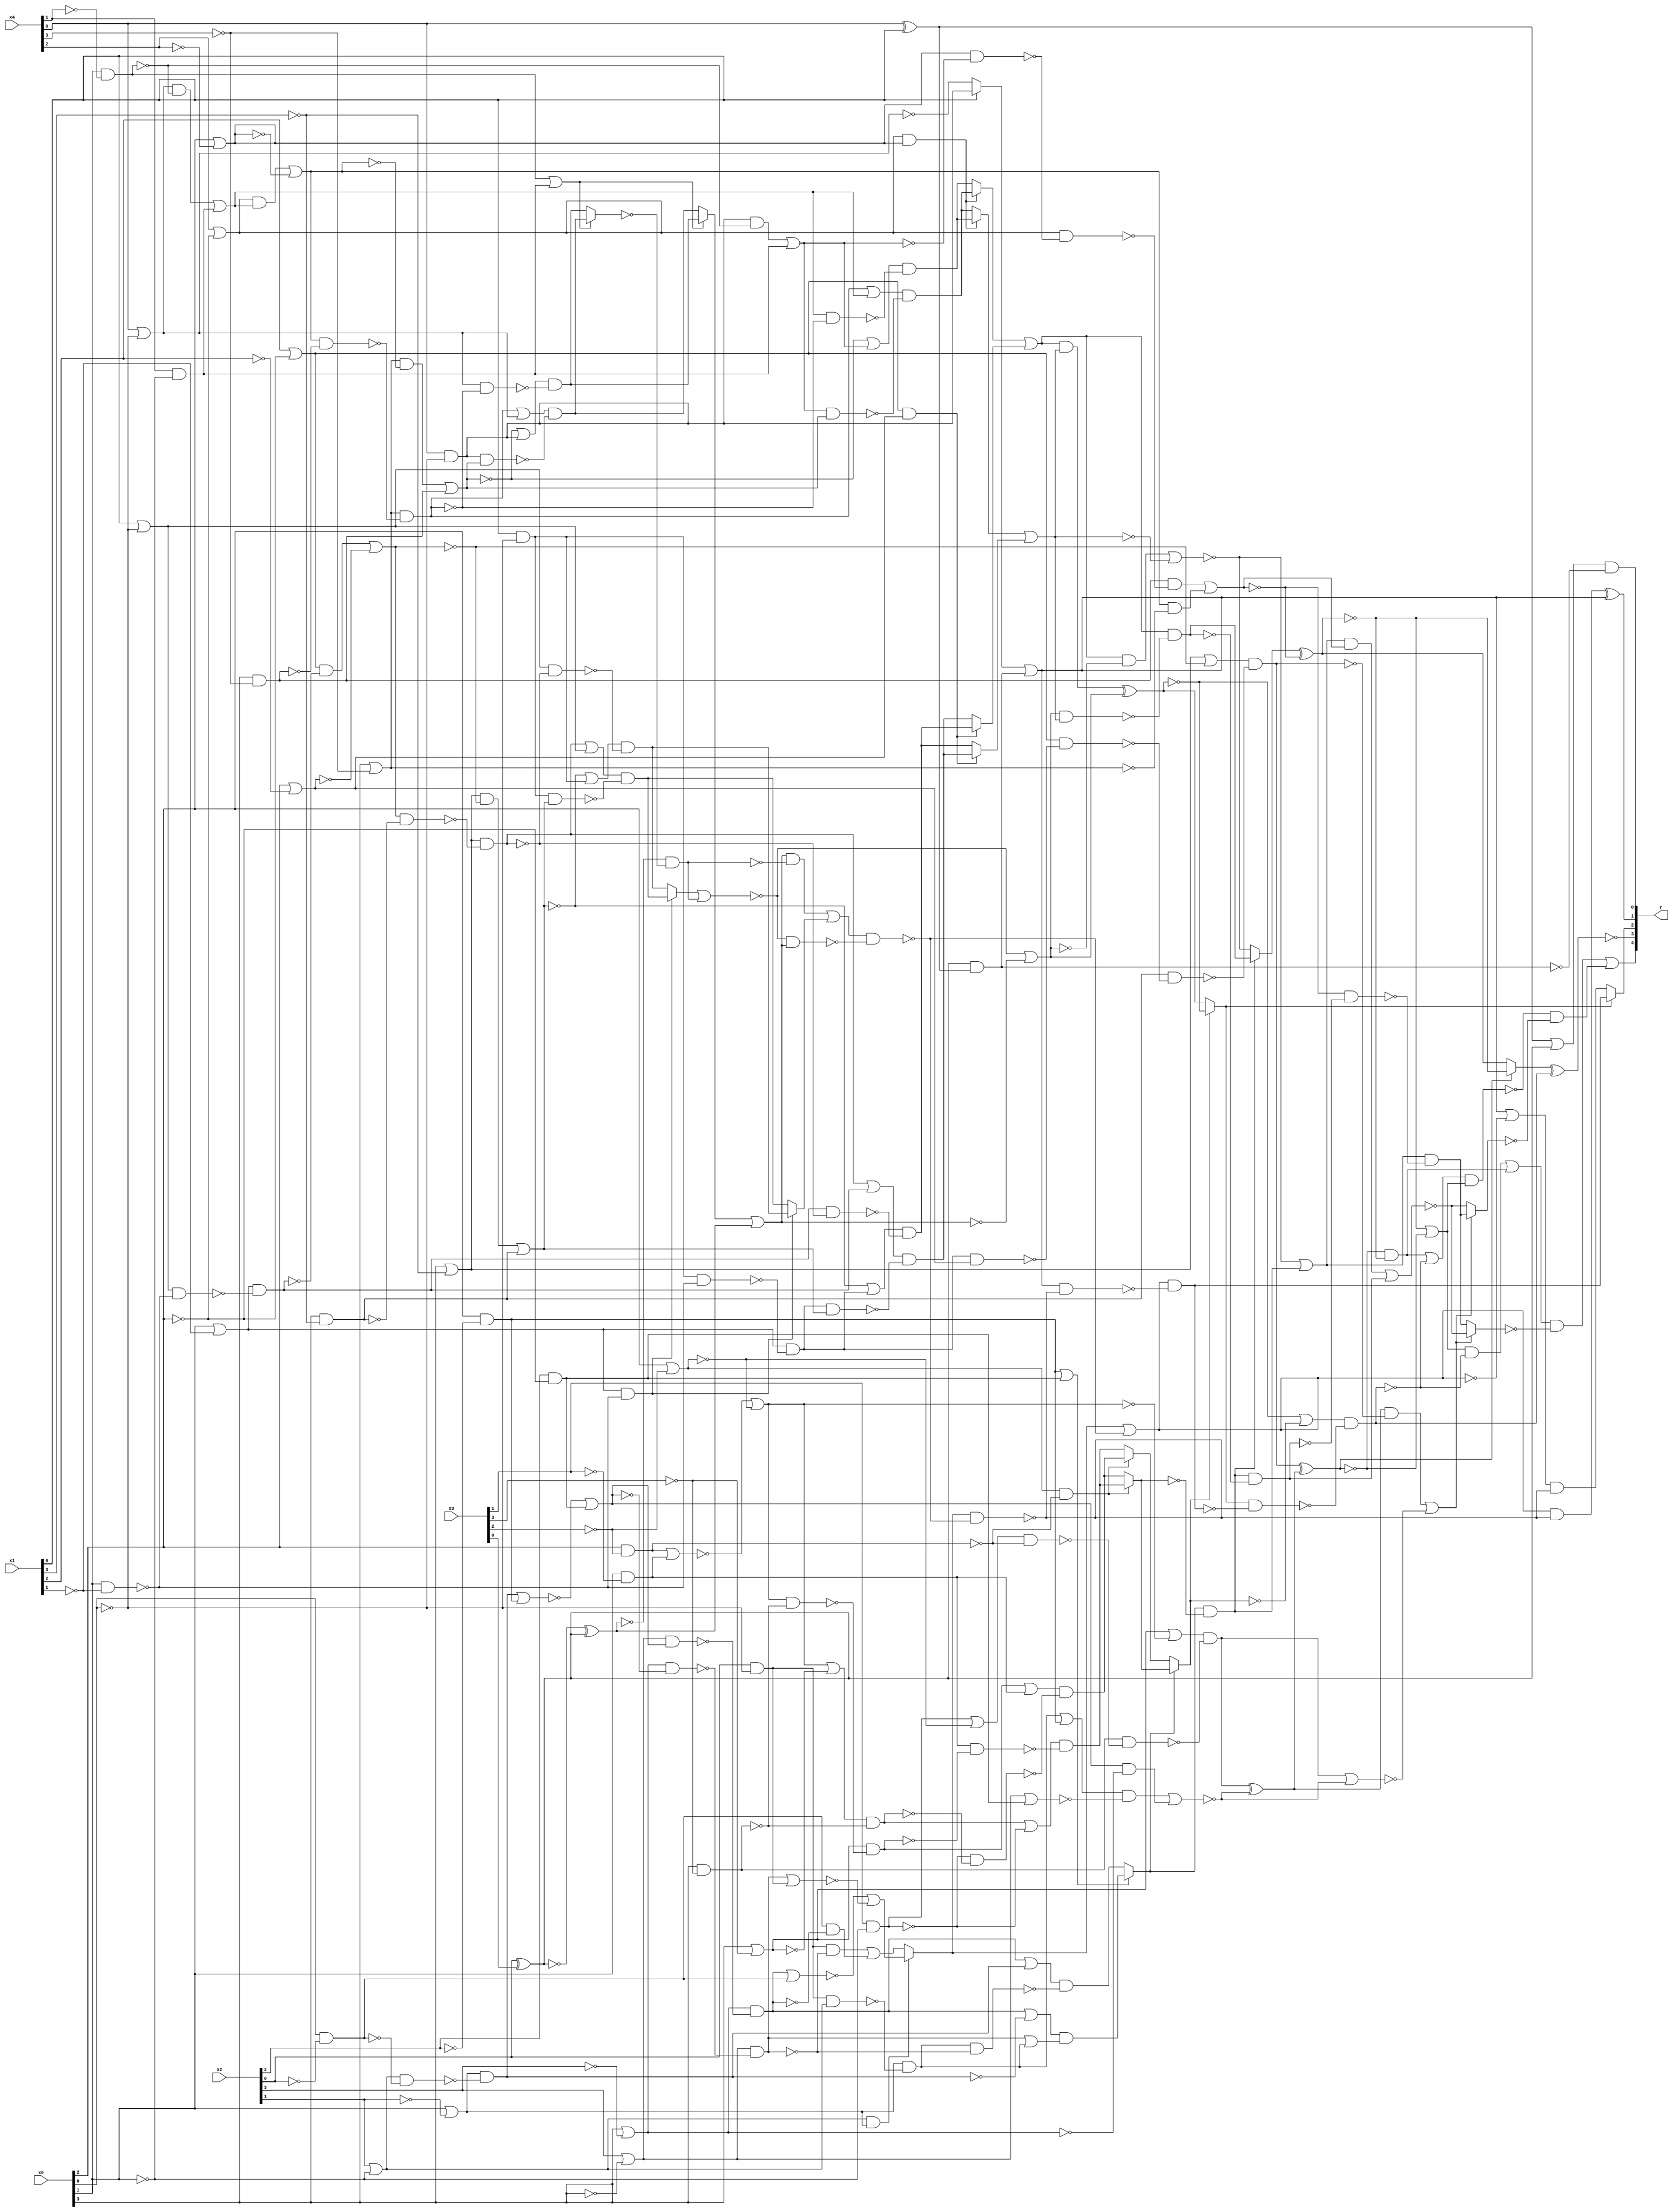
/* Generated by Yosys 0.9+4052 (git sha1 a5adb007, gcc 9.3.0-17ubuntu1~20.04 -fPIC -Os) */

module circ(x0, x1, x2, x3, x4, r);
  wire _000_;
  wire _001_;
  wire _002_;
  wire _003_;
  wire _004_;
  wire _005_;
  wire _006_;
  wire _007_;
  wire _008_;
  wire _009_;
  wire _010_;
  wire _011_;
  wire _012_;
  wire _013_;
  wire _014_;
  wire _015_;
  wire _016_;
  wire _017_;
  wire _018_;
  wire _019_;
  wire _020_;
  wire _021_;
  wire _022_;
  wire _023_;
  wire _024_;
  wire _025_;
  wire _026_;
  wire _027_;
  wire _028_;
  wire _029_;
  wire _030_;
  wire _031_;
  wire _032_;
  wire _033_;
  wire _034_;
  wire _035_;
  wire _036_;
  wire _037_;
  wire _038_;
  wire _039_;
  wire _040_;
  wire _041_;
  wire _042_;
  wire _043_;
  wire _044_;
  wire _045_;
  wire _046_;
  wire _047_;
  wire _048_;
  wire _049_;
  wire _050_;
  wire _051_;
  wire _052_;
  wire _053_;
  wire _054_;
  wire _055_;
  wire _056_;
  wire _057_;
  wire _058_;
  wire _059_;
  wire _060_;
  wire _061_;
  wire _062_;
  wire _063_;
  wire _064_;
  wire _065_;
  wire _066_;
  wire _067_;
  wire _068_;
  wire _069_;
  wire _070_;
  wire _071_;
  wire _072_;
  wire _073_;
  wire _074_;
  wire _075_;
  wire _076_;
  wire _077_;
  wire _078_;
  wire _079_;
  wire _080_;
  wire _081_;
  wire _082_;
  wire _083_;
  wire _084_;
  wire _085_;
  wire _086_;
  wire _087_;
  wire _088_;
  wire _089_;
  wire _090_;
  wire _091_;
  wire _092_;
  wire _093_;
  wire _094_;
  wire _095_;
  wire _096_;
  wire _097_;
  wire _098_;
  wire _099_;
  wire _100_;
  wire _101_;
  wire _102_;
  wire _103_;
  wire _104_;
  wire _105_;
  wire _106_;
  wire _107_;
  wire _108_;
  wire _109_;
  wire _110_;
  wire _111_;
  wire _112_;
  wire _113_;
  wire _114_;
  wire _115_;
  wire _116_;
  wire _117_;
  wire _118_;
  wire _119_;
  wire _120_;
  wire _121_;
  wire _122_;
  wire _123_;
  wire _124_;
  wire _125_;
  wire _126_;
  wire _127_;
  wire _128_;
  wire _129_;
  wire _130_;
  wire _131_;
  wire _132_;
  wire _133_;
  wire _134_;
  wire _135_;
  wire _136_;
  wire _137_;
  wire _138_;
  wire _139_;
  wire _140_;
  wire _141_;
  wire _142_;
  wire _143_;
  wire _144_;
  wire _145_;
  wire _146_;
  wire _147_;
  wire _148_;
  wire _149_;
  wire _150_;
  wire _151_;
  wire _152_;
  wire _153_;
  wire _154_;
  wire _155_;
  wire _156_;
  wire _157_;
  wire _158_;
  wire _159_;
  wire _160_;
  wire _161_;
  wire _162_;
  wire _163_;
  wire _164_;
  wire _165_;
  wire _166_;
  wire _167_;
  wire _168_;
  wire _169_;
  wire _170_;
  wire _171_;
  wire _172_;
  wire _173_;
  wire _174_;
  wire _175_;
  wire _176_;
  wire _177_;
  wire _178_;
  wire _179_;
  wire _180_;
  wire _181_;
  wire _182_;
  wire _183_;
  wire _184_;
  wire _185_;
  wire _186_;
  wire _187_;
  wire _188_;
  wire _189_;
  wire _190_;
  wire _191_;
  wire _192_;
  wire _193_;
  wire _194_;
  wire _195_;
  wire _196_;
  wire _197_;
  wire _198_;
  wire _199_;
  wire _200_;
  wire _201_;
  wire _202_;
  wire _203_;
  wire _204_;
  wire _205_;
  wire _206_;
  wire _207_;
  wire _208_;
  wire _209_;
  wire _210_;
  wire _211_;
  wire _212_;
  wire _213_;
  wire \U0.U5.new_n35 ;
  wire \U0.U6.new_n14 ;
  wire \U0.po1 ;
  wire \U0.po3 ;
  wire \U0.po4 ;
  output [4:0] r;
  input [3:0] x0;
  input [3:0] x1;
  input [3:0] x2;
  input [3:0] x3;
  input [3:0] x4;
  assign _140_ = x0[3] | ~(x2[3]);
  assign _141_ = x2[2] & ~(x0[2]);
  assign _142_ = x0[2] & ~(x2[2]);
  assign _143_ = x0[1] | ~(x2[1]);
  assign _144_ = x2[1] | ~(x0[1]);
  assign _145_ = x0[0] & ~(x2[0]);
  assign _146_ = _144_ & ~(_145_);
  assign _147_ = _143_ & ~(_146_);
  assign _148_ = ~(_147_ | _142_);
  assign _149_ = _148_ | _141_;
  assign _150_ = _149_ & ~(_140_);
  assign _151_ = x2[0] & ~(x0[0]);
  assign _152_ = _151_ & _144_;
  assign _153_ = _143_ & ~(_152_);
  assign _154_ = _153_ | _142_;
  assign _155_ = x2[3] | ~(x0[3]);
  assign _156_ = _155_ | _141_;
  assign _157_ = _154_ & ~(_156_);
  assign _158_ = ~(_157_ | _150_);
  assign _159_ = x0[3] | ~(x3[3]);
  assign _160_ = x0[2] | ~(x3[2]);
  assign _161_ = x0[1] & ~(x3[1]);
  assign _162_ = x0[2] & ~(x3[2]);
  assign _163_ = ~(_162_ | _161_);
  assign _164_ = _163_ | ~(_160_);
  assign _165_ = _159_ | ~(_164_);
  assign _166_ = x0[3] & ~(x3[3]);
  assign _167_ = x3[1] & ~(x0[1]);
  assign _168_ = _167_ | ~(_160_);
  assign _169_ = _168_ & ~(_162_);
  assign _170_ = _166_ & ~(_169_);
  assign _171_ = _165_ & ~(_170_);
  assign _172_ = _171_ ^ _158_;
  assign _173_ = x0[3] | ~(x1[3]);
  assign _174_ = x0[2] | ~(x1[2]);
  assign _175_ = x1[2] | ~(x0[2]);
  assign _176_ = x0[1] | ~(x1[1]);
  assign _177_ = x1[0] | ~(x0[0]);
  assign _178_ = x0[1] & ~(x1[1]);
  assign _179_ = _177_ & ~(_178_);
  assign _180_ = _176_ & ~(_179_);
  assign _181_ = _175_ & ~(_180_);
  assign _182_ = _181_ | ~(_174_);
  assign _183_ = _173_ | ~(_182_);
  assign _184_ = x0[3] & ~(x1[3]);
  assign _185_ = x1[0] & ~(x0[0]);
  assign _186_ = _185_ & ~(_178_);
  assign _187_ = _176_ & ~(_186_);
  assign _188_ = _187_ & _174_;
  assign _189_ = _175_ & ~(_188_);
  assign _190_ = _184_ & ~(_189_);
  assign _191_ = _183_ & ~(_190_);
  assign _192_ = ~(_191_ ^ _172_);
  assign _193_ = x0[3] | ~(x4[3]);
  assign _194_ = x0[2] | ~(x4[2]);
  assign _195_ = x4[2] | ~(x0[2]);
  assign _196_ = x4[1] & ~(x0[1]);
  assign _197_ = x4[0] | ~(x0[0]);
  assign _198_ = x0[1] & ~(x4[1]);
  assign _199_ = _197_ & ~(_198_);
  assign _200_ = ~(_199_ | _196_);
  assign _201_ = _195_ & ~(_200_);
  assign _202_ = _201_ | ~(_194_);
  assign _203_ = _202_ & ~(_193_);
  assign _204_ = x0[3] & ~(x4[3]);
  assign _205_ = x4[0] & ~(x0[0]);
  assign _206_ = _205_ & ~(_198_);
  assign _207_ = _206_ | _196_;
  assign _208_ = _194_ & ~(_207_);
  assign _209_ = _195_ & ~(_208_);
  assign _210_ = _204_ & ~(_209_);
  assign _211_ = ~(_210_ | _203_);
  assign _212_ = _142_ | _141_;
  assign _213_ = _155_ & _149_;
  assign _000_ = _140_ & ~(_213_);
  assign _001_ = _000_ | ~(_147_);
  assign _002_ = _140_ & ~(_149_);
  assign _003_ = _155_ & ~(_002_);
  assign _004_ = ~(_003_ | _153_);
  assign _005_ = _001_ & ~(_004_);
  assign _006_ = _000_ | _147_;
  assign _007_ = _153_ & ~(_003_);
  assign _008_ = _006_ & ~(_007_);
  assign _009_ = _212_ ? _005_ : _008_;
  assign _010_ = _160_ & ~(_162_);
  assign _011_ = _164_ & ~(_166_);
  assign _012_ = _159_ & ~(_011_);
  assign _013_ = _012_ | _161_;
  assign _014_ = ~_167_;
  assign _015_ = _164_ | ~(_159_);
  assign _016_ = _015_ & ~(_166_);
  assign _017_ = _014_ & ~(_016_);
  assign _018_ = _013_ & ~(_017_);
  assign _019_ = _016_ | _014_;
  assign _020_ = _161_ & ~(_012_);
  assign _021_ = _019_ & ~(_020_);
  assign _022_ = _010_ ? _021_ : _018_;
  assign _023_ = _009_ & ~(_022_);
  assign _024_ = ~(_175_ & _174_);
  assign _025_ = _173_ & ~(_182_);
  assign _026_ = ~(_025_ | _184_);
  assign _027_ = _026_ | _187_;
  assign _028_ = _182_ & ~(_184_);
  assign _029_ = _173_ & ~(_028_);
  assign _030_ = _180_ & ~(_029_);
  assign _031_ = _027_ & ~(_030_);
  assign _032_ = _029_ | _180_;
  assign _033_ = _187_ & ~(_026_);
  assign _034_ = _032_ & ~(_033_);
  assign _035_ = _024_ ? _034_ : _031_;
  assign _036_ = _195_ & _194_;
  assign _037_ = _193_ & ~(_202_);
  assign _038_ = ~(_037_ | _204_);
  assign _039_ = _038_ | _207_;
  assign _040_ = ~_200_;
  assign _041_ = _202_ & ~(_204_);
  assign _042_ = _193_ & ~(_041_);
  assign _043_ = _040_ & ~(_042_);
  assign _044_ = _039_ & ~(_043_);
  assign _045_ = _042_ | _040_;
  assign _046_ = _207_ & ~(_038_);
  assign _047_ = _045_ & ~(_046_);
  assign _048_ = _036_ ? _047_ : _044_;
  assign _049_ = _048_ | _035_;
  assign _050_ = x2[0] ^ x3[0];
  assign _051_ = ~(x2[0] ^ x3[0]);
  assign _052_ = ~(_051_ ^ _050_);
  assign _053_ = ~(_198_ | _196_);
  assign _054_ = _038_ | _205_;
  assign _055_ = _197_ & ~(_042_);
  assign _056_ = _054_ & ~(_055_);
  assign _057_ = _042_ | _197_;
  assign _058_ = _205_ & ~(_038_);
  assign _059_ = _057_ & ~(_058_);
  assign _060_ = _053_ ? _059_ : _056_;
  assign _061_ = _060_ | ~(_052_);
  assign _062_ = _053_ ? _056_ : _059_;
  assign _063_ = _052_ & ~(_062_);
  assign _064_ = _176_ & ~(_178_);
  assign _065_ = _026_ | _185_;
  assign _066_ = _177_ & ~(_029_);
  assign _067_ = _065_ & ~(_066_);
  assign _068_ = _029_ | _177_;
  assign _069_ = _185_ & ~(_026_);
  assign _070_ = _068_ & ~(_069_);
  assign _071_ = _064_ ? _070_ : _067_;
  assign _072_ = ~(_071_ | _063_);
  assign _073_ = _072_ | ~(_061_);
  assign _074_ = _024_ ? _031_ : _034_;
  assign _075_ = _036_ ? _044_ : _047_;
  assign _076_ = ~(_075_ | _074_);
  assign _077_ = _073_ & ~(_076_);
  assign _078_ = _049_ & ~(_077_);
  assign _079_ = _049_ & ~(_073_);
  assign _080_ = ~(_079_ | _076_);
  assign _081_ = _023_ ? _078_ : _080_;
  assign _082_ = ~(_081_ ^ _211_);
  assign _083_ = _082_ | _192_;
  assign _084_ = _010_ ? _018_ : _021_;
  assign _085_ = _009_ ? _022_ : _084_;
  assign _086_ = _049_ & ~(_076_);
  assign _087_ = ~(_086_ ^ _073_);
  assign _088_ = _087_ | ~(_085_);
  assign _089_ = _086_ ^ _073_;
  assign _090_ = _085_ ? _087_ : _089_;
  assign _091_ = ~(_144_ & _143_);
  assign _092_ = _145_ & ~(_000_);
  assign _093_ = _151_ & ~(_003_);
  assign _094_ = _093_ | _092_;
  assign _095_ = ~(_003_ | _151_);
  assign _096_ = ~(_000_ | _145_);
  assign _097_ = _096_ | _095_;
  assign _098_ = _091_ ? _094_ : _097_;
  assign _099_ = _064_ ? _067_ : _070_;
  assign _100_ = _061_ & ~(_063_);
  assign _101_ = _100_ | _099_;
  assign _102_ = _072_ & _061_;
  assign _103_ = _101_ & ~(_102_);
  assign _104_ = _098_ | ~(_103_);
  assign _105_ = ~(x4[0] ^ x1[0]);
  assign _106_ = _050_ & ~(_105_);
  assign _107_ = ~_197_;
  assign _108_ = x1[0] ? _205_ : _107_;
  assign _109_ = _108_ | _106_;
  assign _110_ = _098_ & ~(_103_);
  assign _111_ = _109_ & ~(_110_);
  assign _112_ = _104_ & ~(_111_);
  assign _113_ = _090_ & ~(_112_);
  assign _114_ = _088_ & ~(_113_);
  assign _115_ = _081_ ^ _211_;
  assign _116_ = _192_ & ~(_115_);
  assign _117_ = _116_ | ~(_114_);
  assign _118_ = ~(_117_ & _083_);
  assign _119_ = ~(_171_ | _158_);
  assign _120_ = _172_ & ~(_191_);
  assign _121_ = ~(_120_ | _119_);
  assign _122_ = _023_ & ~(_078_);
  assign _123_ = _080_ | _023_;
  assign _124_ = _123_ & ~(_211_);
  assign _125_ = ~(_124_ | _122_);
  assign _126_ = _211_ & ~(_122_);
  assign _127_ = _123_ & ~(_126_);
  assign _128_ = _121_ ? _125_ : _127_;
  assign _129_ = _118_ & ~(_128_);
  assign _130_ = _083_ & ~(_114_);
  assign _131_ = _130_ | _116_;
  assign _132_ = _121_ ? _127_ : _125_;
  assign _133_ = _131_ & ~(_132_);
  assign \U0.po4  = _133_ | _129_;
  assign _134_ = _192_ ? _115_ : _082_;
  assign \U0.po3  = ~(_134_ ^ _114_);
  assign _135_ = _104_ & ~(_110_);
  assign \U0.po1  = _135_ ^ _109_;
  assign _136_ = x4[0] ^ x1[0];
  assign _137_ = _136_ | ~(_051_);
  assign \U0.U6.new_n14  = _137_ & ~(_106_);
  assign _138_ = _109_ | ~(_104_);
  assign _139_ = _138_ & ~(_110_);
  assign \U0.U5.new_n35  = _090_ ? _112_ : _139_;
  assign r = { \U0.po4 , \U0.po3 , \U0.U5.new_n35 , \U0.po1 , \U0.U6.new_n14  };
endmodule